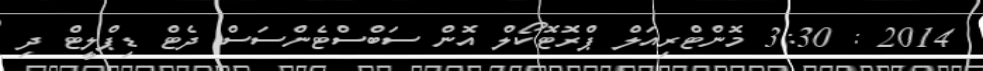
2014 : 3:30 މޮންޓްރިއަލް ޕްރޮޓޮކޯލް އޮން ސަބްސްޓެންސަސް ދެޓް ޑިޕްލީޓް ދި